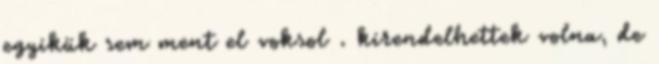
egyikük sem ment el voksol . kirendelhettek volna, de